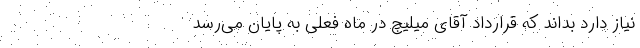
نیاز دارد بداند که قرارداد آقای میلیچ در ماه فعلی به پایان می‌رسد